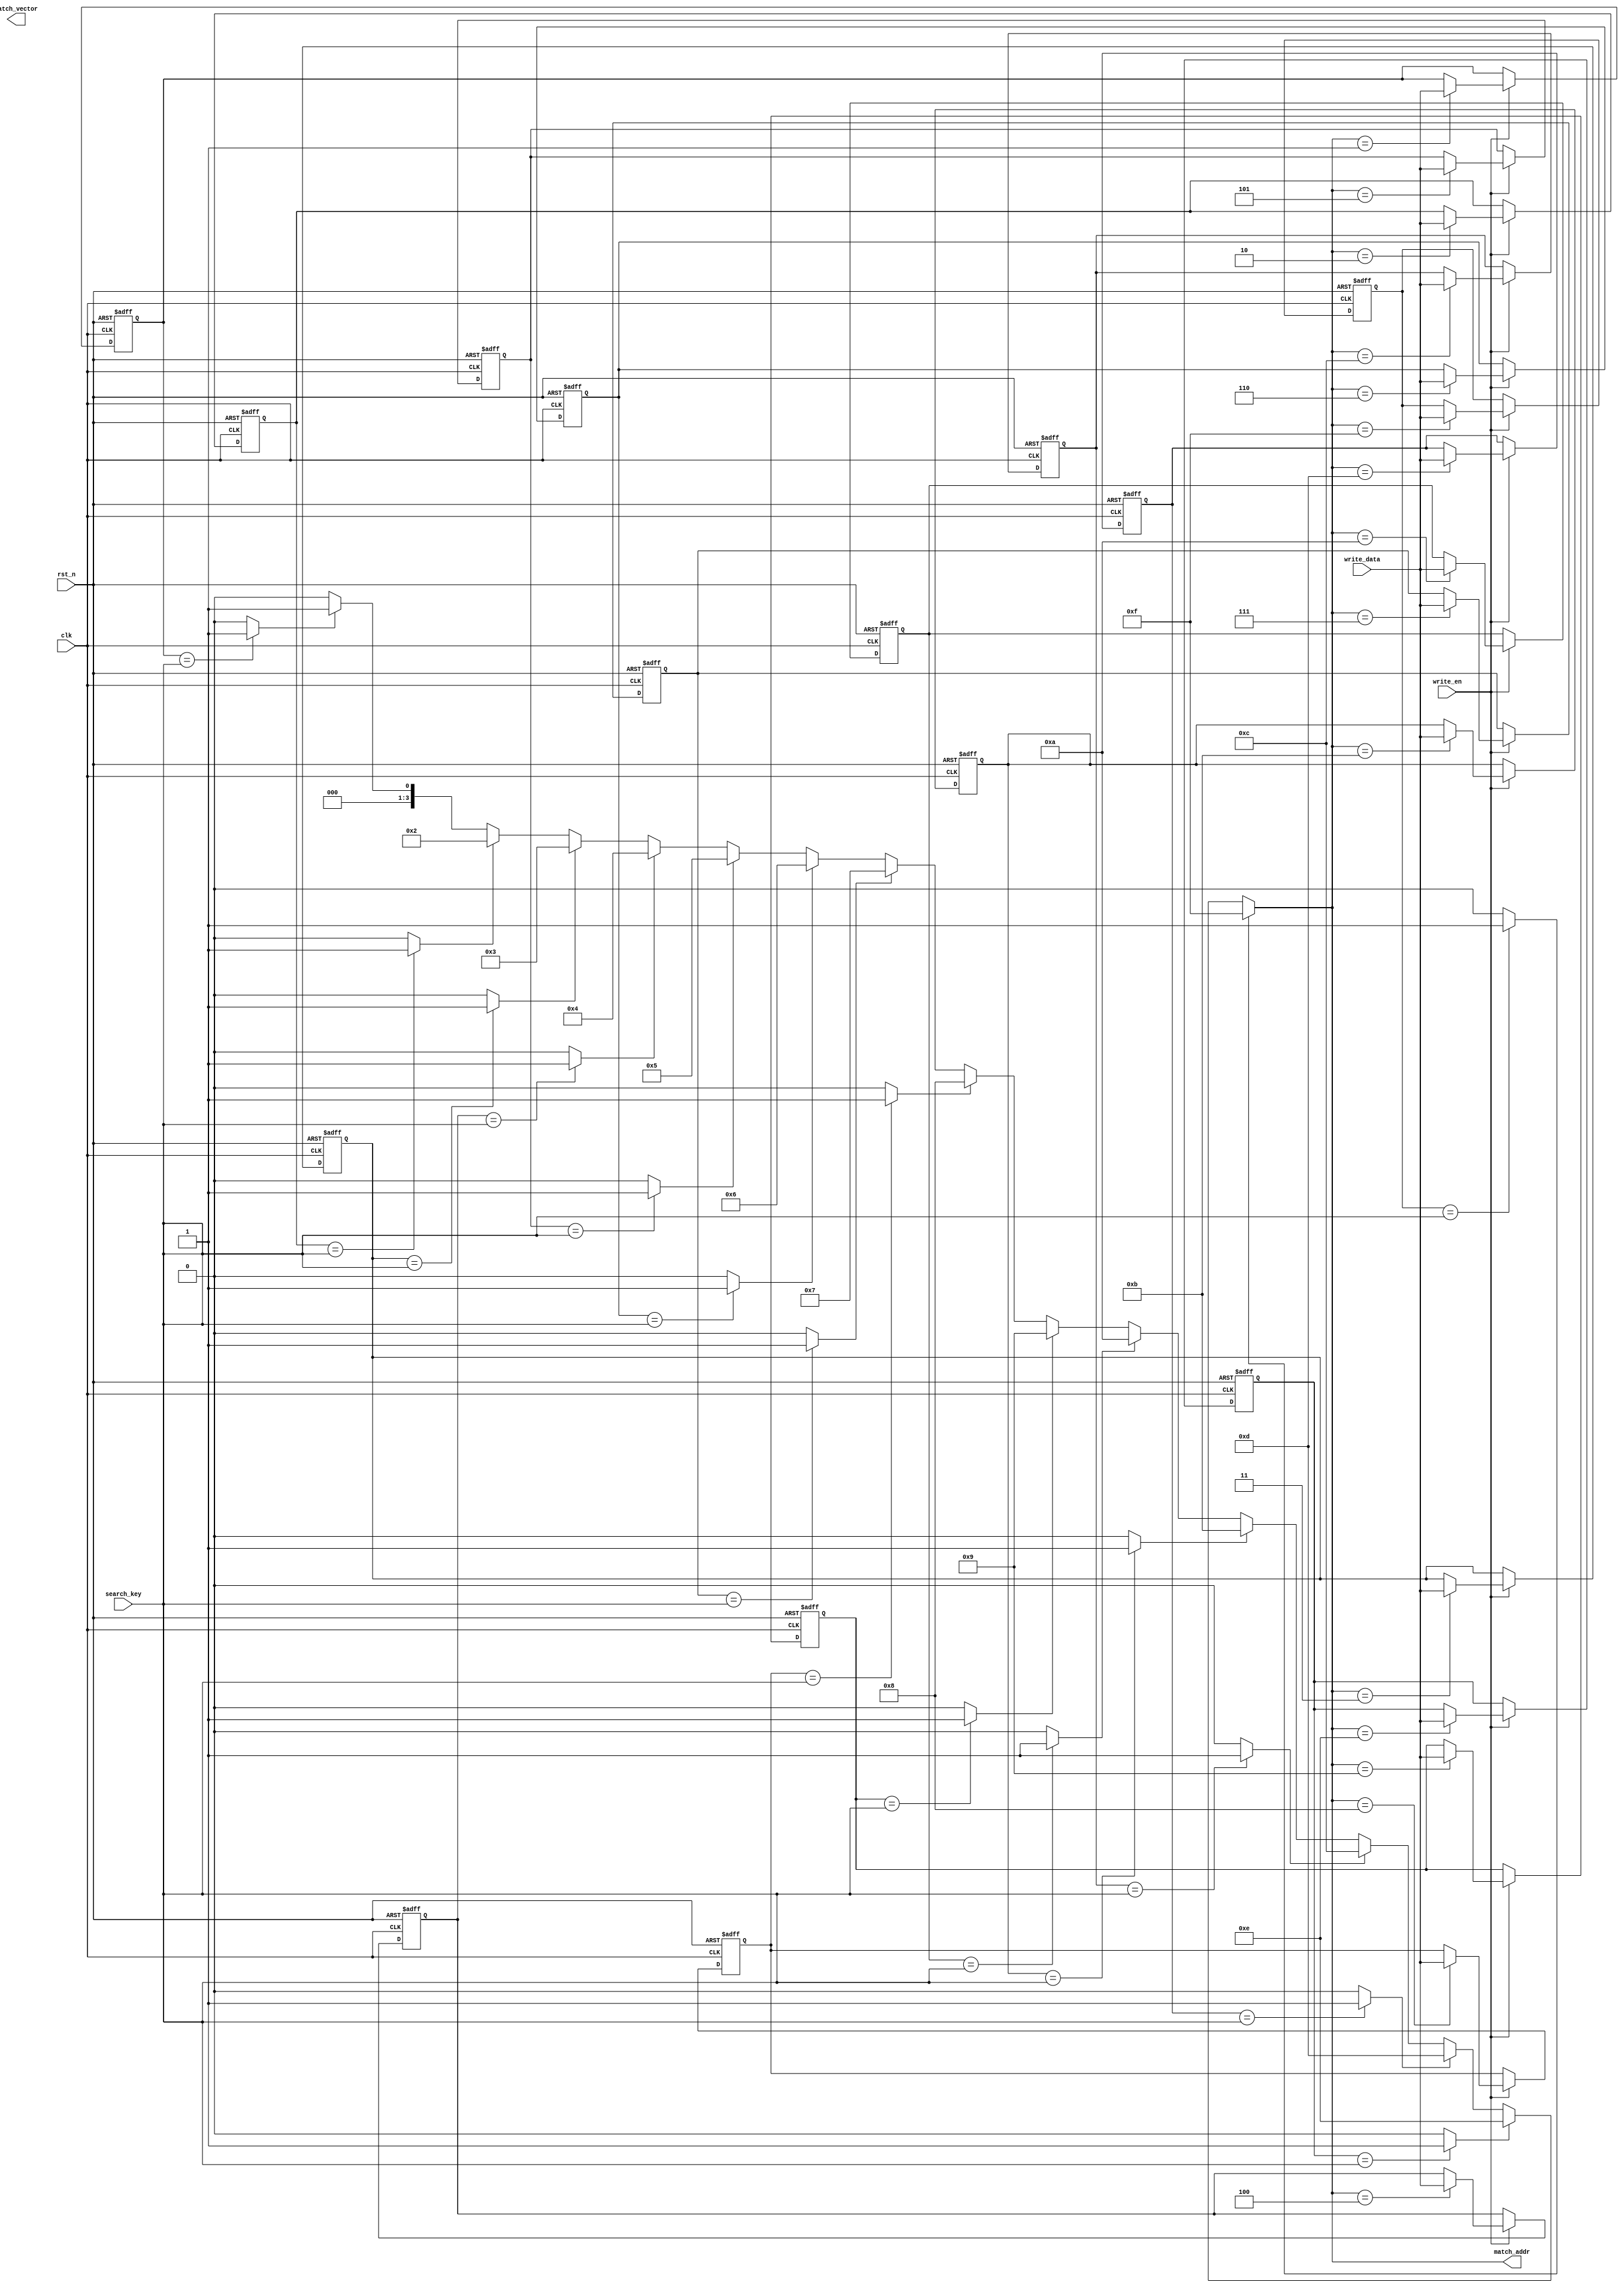
module flash_cam #(
    parameter DATA_WIDTH = 8, // Width of data in bits
    parameter DEPTH = 16       // Number of entries
)(
    input wire clk,                    // Clock signal
    input wire rst_n,                  // Active low reset
    input wire [DATA_WIDTH-1:0] search_key, // Input search key
    input wire write_en,               // Write enable signal
    input wire [DATA_WIDTH-1:0] write_data,  // Data to write to CAM
    output reg [DEPTH-1:0] match_vector, // Match result vector
    output reg [$clog2(DEPTH)-1:0] match_addr // Address of the highest priority match
);

// Memory array to store entries
reg [DATA_WIDTH-1:0] memory [0:DEPTH-1];

// Internal signals
reg [DEPTH-1:0] match; // Match lines for each entry
integer i;

// Match logic
always @(*) begin
    match = 0; // Reset match vector
    for (i = 0; i < DEPTH; i = i + 1) begin
        if (memory[i] == search_key) begin 
            match[i] = 1'b1; // Set match if key matches
        end
    end
end

// Priority encoder for highest match
always @(*) begin
    match_addr = 0; // Default to 0
    for (i = 0; i < DEPTH; i = i + 1) begin
        if (match[i]) begin
            match_addr = i; // Update to current match address
        end
    end
end

// Write logic
always @(posedge clk or negedge rst_n) begin
    if (!rst_n) begin
        // Reset memory on reset
        for (i = 0; i < DEPTH; i = i + 1) begin
            memory[i] <= {DATA_WIDTH{1'b0}};
        end
    end
    else if (write_en) begin
        // Write new entry to the CAM
        memory[match_addr] <= write_data; // Write data to current match address (this can be customized)
    end
end

endmodule